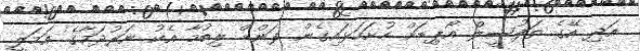
އަދި އޭގެ ތަފުސީލް އޯޕިޑަށް ހުށަހަޅައިގެން ފަންޑް ލިބުމާ އެކު ނަރުދަމާގެ އަމަލީ